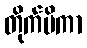
တိုက်မိကာ